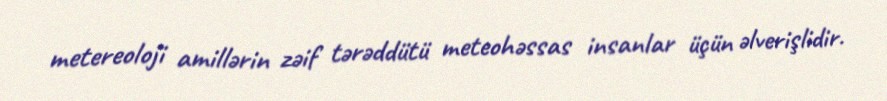
metereoloji amillərin zəif tərəddütü meteohəssas insanlar üçün əlverişlidir.